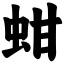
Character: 蚶